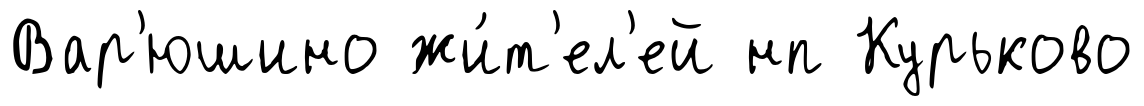
Вар'юшино жи́т'ел'ей нп Курьково